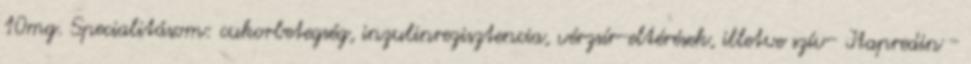
10mg. Specialitásom: cukorbetegség, inzulinrezisztencia, vérzsír-eltérések, illetve szív- Itapredin -